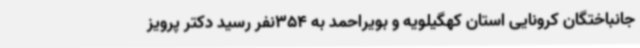
جانباختگان کرونایی استان کهگیلویه و بویراحمد به 354نفر رسید دکتر پرویز